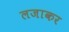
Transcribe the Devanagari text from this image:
लजाकर